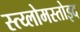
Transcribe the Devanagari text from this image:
स्त्य्लोमस्तोइद